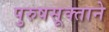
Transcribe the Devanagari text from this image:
पुरुषसूक्ताने